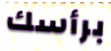
برأسك